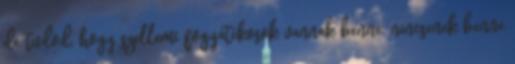
de tudod, hogy szellemi fogyatékosok vannak benne. nincsenek benne